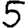
Digit: 5